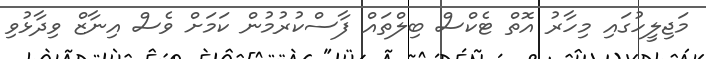
މަޖިލީހުގައި މިހާރު އޮތް ޓެކްސް ބިލްތައް ފާސްކުރުމުން ކަމަށް ވެސް އިނާޒް ވިދާޅުވި